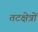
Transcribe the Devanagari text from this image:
तटक्षेत्रों